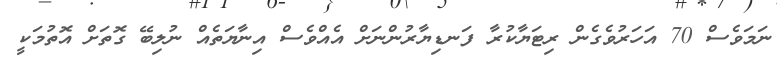
ނަމަވެސް 70 އަހަރުވެގެން ރިޓަޔާކުރާ ފަނޑިޔާރުންނަށް އެއްވެސް އިނާޔަތެއް ނުލިބޭ ގޮތަށް އޮތުމަކީ